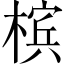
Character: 槟